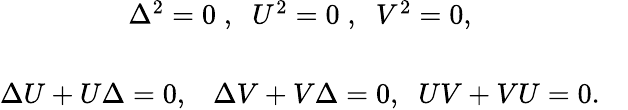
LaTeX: \begin{array}{cc}{{\Delta^{2}=0\; ,\; \; U^{2}=0\; ,\; \; V^{2}=0,}}&{{}}\\ {{}}&{{}}\\ {{\Delta U+U\Delta=0,\; \; \; \Delta V+V\Delta=0,\; \; UV+VU=0.}}&{{}}\end{array}